Vaccination in the Punjab 1883-1896 - 1883-1896
Year: 1883
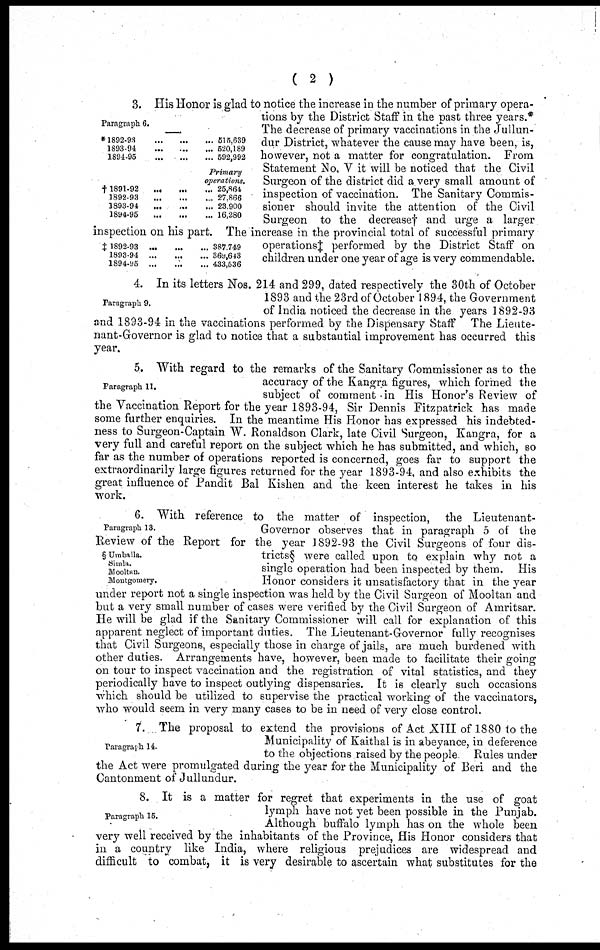
( 2 )
Paragraph 6.
*1892-98
...
...
...
1893-94
...
...
...
1891-95
...
...
...
515,639
520,189
592,992
Primary
operations.
†1891-92
...
...
...
1892-93
...
...
...
1893-94
...
...
...
1894-95
...
...
...
25,864
27,866
23,900
16,280
‡ 1892-93
...
...
...
1893-94
...
...
...
1894-95 ... ... ...
387,749
369,643
433,536
3. His Honor is glad to notice the increase in the number of primary opera-
tions by the District Staff in the past three years.*
The decrease of primary vaccinations in the Jullun-
dur District, whatever the cause may have been, is,
however, not a matter for congratulation. From
Statement No. V it will be noticed that the Civil
Surgeon of the district did a very small amount of
inspection of vaccination. The Sanitary Commis-
sioner should invite the attention of the Civil
Surgeon to the decrease† and urge a larger
inspection on his part. The increase in the provincial total of successful primary
operations‡ performed by the District Staff on
children under one year of age is very commendable.
Paragraph 9.
4. In its letters Nos. 214 and 299, dated respectively the 30th of October
1893 and the 23rd of October 1894, the Government
of India noticed the decrease in the years 1892-93
and 1893-94 in the vaccinations performed by the Dispensary Staff The Lieute-
nant-Governor is glad to notice that a substantial improvement has occurred this
year.
Paragraph 11.
5. With regard to the remarks of the Sanitary Commissioner as to the
accuracy of the Kangra figures, which formed the
subject of comment in His Honor's Review of
the Vaccination Report for the year 1893-94, Sir Dennis Fitzpatrick has made
some further enquiries. In the meantime His Honor has expressed his indebted-
ness to Surgeon-Captain W. Ronaldson Clark, late Civil Surgeon, Kangra, for a
very full and careful report on the subject which he has submitted, and which, so
far as the number of operations reported is concerned, goes far to support the
extraordinarily large figures returned for the year 1893-94. and also exhibits the
great influence of Pandit Bal Kishen and the keen interest he takes in his
work.
Paragraph 13.
§ Umballa.
Simla.
Mooltan.
Montgomery.
6. With reference to the matter of inspection, the Lieutenant-
Governor observes that in paragraph 5 of the
Review of the Report for the year 1892-93 the Civil Surgeons of four dis-
tricts§ were called upon to explain why not a
single operation had been inspected by them. His
Honor considers it unsatisfactory that in the year
under report not a single inspection was held by the Civil Surgeon of Mooltan and
but a very small number of cases were verified by the Civil Surgeon of Amritsar.
He will be glad if the Sanitary Commissioner will call for explanation of this
apparent neglect of important duties. The Lieutenant-Governor fully recognises
that Civil Surgeons, especially those in charge of jails, are much burdened with
other duties. Arrangements have, however, been made to facilitate their going
on tour to inspect vaccination and the registration of vital statistics, and they
periodically have to inspect outlying dispensaries. It is clearly such occasions
which should be utilized to supervise the practical working of the vaccinators,
who would seem in very many cases to be in need of very close control.
Paragraph 14.
7. The proposal to extend the provisions of Act XIII of 1880 to the
Municipality of Kaithal is in abeyance, in deference
to the objections raised by the people Rules under
the Act were promulgated during the year for the Municipality of Beri and the
Cantonment of Jullundur.
Paragraph 15.
8. It is a matter for regret that experiments in the use of goat
lymph have not yet been possible in the Punjab.
Although buffalo lymph has on the whole been
very well received by the inhabitants of the Province, His Honor considers that
in a country like India, where religious prejudices are widespread and
difficult to combat, it is very desirable to ascertain what substitutes for the